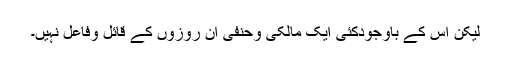
لیکن اس کے باوجودکئی ایک مالکی وحنفی ان روزوں کے قائل وفاعل نہیں۔